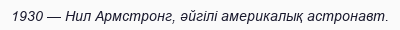
1930 — Нил Армстронг, әйгілі америкалық астронавт.